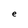
Character: e